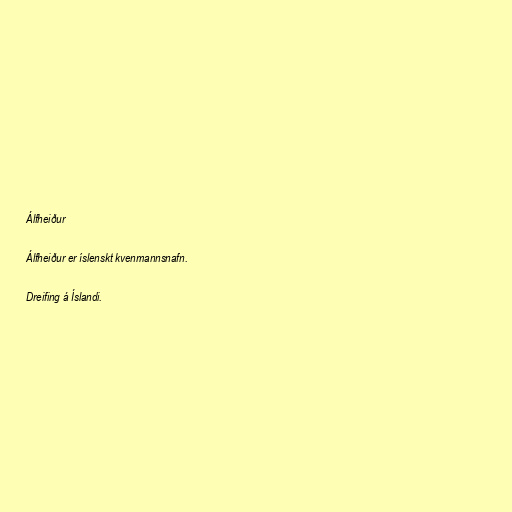
Álfheiður

Álfheiður er íslenskt kvenmannsnafn.

Dreifing á Íslandi.